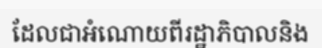
ដែលជាអំណោយពីរដ្ឋាភិបាលនិង